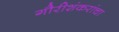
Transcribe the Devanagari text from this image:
गौरीशंकरांचा